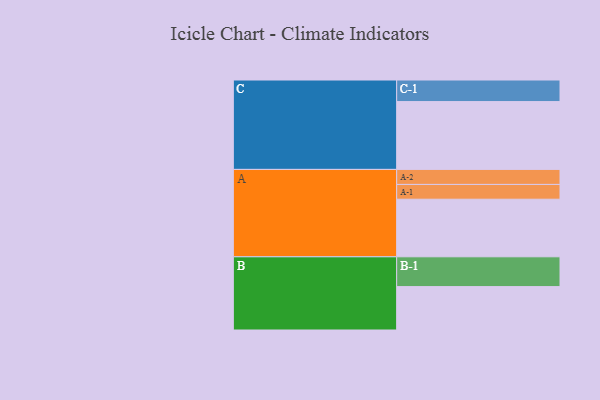
{"axis": {"x": "Segment", "y": "Value"}, "legend": ["", "A", "B", "C"], "data": [{"x": "A", "y": 483, "type": ""}, {"x": "B", "y": 364, "type": ""}, {"x": "C", "y": 569, "type": ""}, {"x": "A-1", "y": 124, "type": "A"}, {"x": "A-2", "y": 126, "type": "A"}, {"x": "B-1", "y": 250, "type": "B"}, {"x": "C-1", "y": 181, "type": "C"}]}